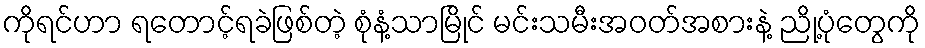
ကိုရင်ဟာ ရတောင့်ရခဲဖြစ်တဲ့ စုံနံ့သာမြိုင် မင်းသမီးအဝတ်အစားနဲ့ ညို့ပုံတွေကို